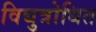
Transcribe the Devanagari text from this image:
विद्युत्रोधित